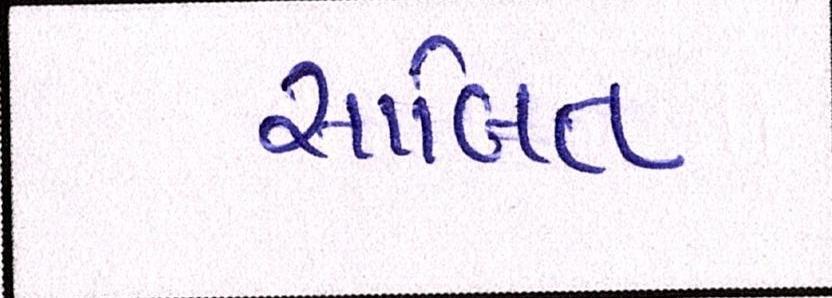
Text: સાબિત